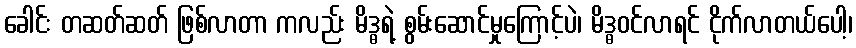
ခေါင်း တဆတ်ဆတ် ဖြစ်လာတာ ကလည်း မိဒ္ဓရဲ့ စွမ်းဆောင်မှုကြောင့်ပဲ၊ မိဒ္ဓဝင်လာရင် ငိုက်လာတယ်ပေါ့၊